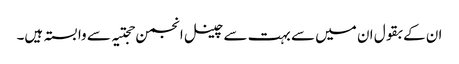
ان کے بقول ان میں سے بہت سے چینل انجمن حجتیہ سے وابستہ ہیں۔